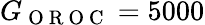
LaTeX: G_{\mathrm{~O~R~O~C~}}=5000